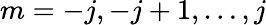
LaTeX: m=-j,-j+1,\dots,j